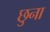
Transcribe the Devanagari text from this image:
छुना